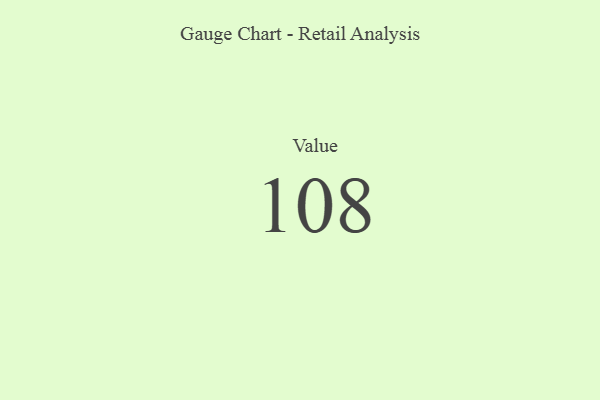
{"axis": {"x": "Metric", "y": "Value"}, "legend": [""], "data": [{"x": "Value", "y": 108, "type": ""}]}